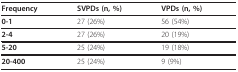
| Frequency | SVPDs (n, %) | VPDs (n, %) |
 | --- | --- | --- |
 | 0-1 | 27 (26%) | 56 (54%) |
 | 2-4 | 27 (26%) | 20 (19%) |
 | 5-20 | 25 (24%) | 19 (18%) |
 | 20-400 | 25 (24%) | 9 (9%) |